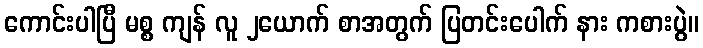
ကောင်းပါပြီ မစ္စ ကျန် လူ ၂ယောက် စာအတွက် ပြတင်းပေါက် နား ကစားပွဲ။